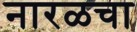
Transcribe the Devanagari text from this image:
नारळचा